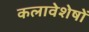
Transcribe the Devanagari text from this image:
कलावेशेषों